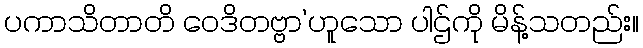
ပကာသိတာတိ ဝေဒိတဗ္ဗာ’ဟူသော ပါဌ်ကို မိန့်သတည်း။